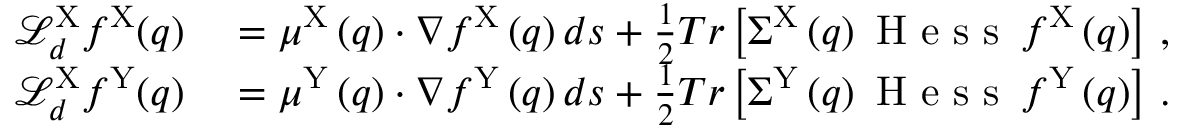
\begin{array} { r l } { \mathcal { L } _ { d } ^ { \mathrm { X } } f ^ { \mathrm { X } } ( q ) } & { { } = \mu ^ { \mathrm { X } } \left( q \right) \cdot \nabla f ^ { \mathrm { X } } \left( q \right) d s + \frac { 1 } { 2 } T r \left[ \Sigma ^ { \mathrm { X } } \left( q \right) \mathrm { ~ H ~ e ~ s ~ s ~ } \, f ^ { \mathrm { X } } \left( q \right) \right] \, , } \\ { \mathcal { L } _ { d } ^ { \mathrm { X } } f ^ { \mathrm { Y } } ( q ) } & { { } = \mu ^ { \mathrm { Y } } \left( q \right) \cdot \nabla f ^ { \mathrm { Y } } \left( q \right) d s + \frac { 1 } { 2 } T r \left[ \Sigma ^ { \mathrm { Y } } \left( q \right) \mathrm { ~ H ~ e ~ s ~ s ~ } \, f ^ { \mathrm { Y } } \left( q \right) \right] \, . } \end{array}